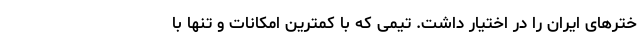
خترهای ایران را در اختیار داشت. تیمی که با کمترین امکانات و تنها با